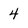
Character: 4